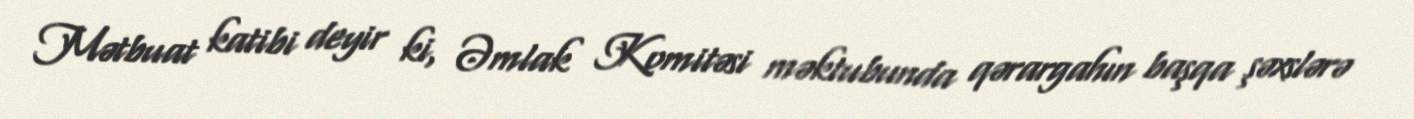
Mətbuat katibi deyir ki, Əmlak Komitəsi məktubunda qərargahın başqa şəxslərə